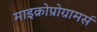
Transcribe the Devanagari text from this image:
माइक्रोप्रोग्रामर्स